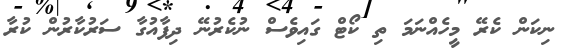
ނިކަން ކެރޭ މީހެއްނަމަ ތި ކޯޓް ގައިވެސް ނުކެރުނޭ ދިފާއުގާ ސަރުކާރުން ކުރާ